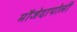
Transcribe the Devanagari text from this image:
मौजेदापोली